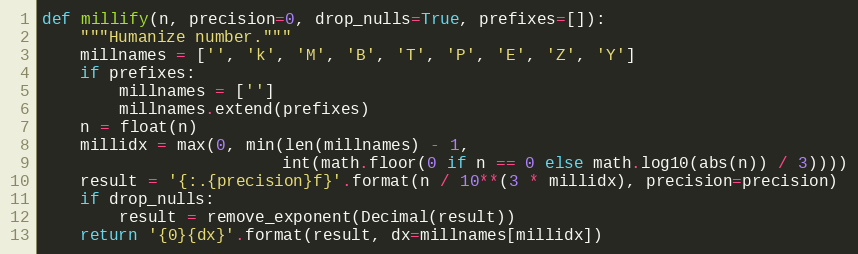
Language: Python
def millify(n, precision=0, drop_nulls=True, prefixes=[]):
    """Humanize number."""
    millnames = ['', 'k', 'M', 'B', 'T', 'P', 'E', 'Z', 'Y']
    if prefixes:
        millnames = ['']
        millnames.extend(prefixes)
    n = float(n)
    millidx = max(0, min(len(millnames) - 1,
                         int(math.floor(0 if n == 0 else math.log10(abs(n)) / 3))))
    result = '{:.{precision}f}'.format(n / 10**(3 * millidx), precision=precision)
    if drop_nulls:
        result = remove_exponent(Decimal(result))
    return '{0}{dx}'.format(result, dx=millnames[millidx])